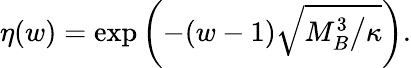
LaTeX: \eta(w)=\exp\left(-(w-1)\sqrt{M_{B}^{3}\big/\kappa}\right).